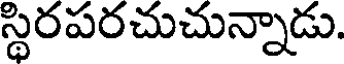
స్థిరపరచుచున్నాడు.